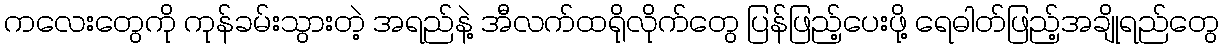
ကလေးတွေကို ကုန်ခမ်းသွားတဲ့ အရည်နဲ့ အီလက်ထရိုလိုက်တွေ ပြန်ဖြည့်ပေးဖို့ ရေဓါတ်ဖြည့်အချိုရည်တွေ